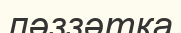
ләззәтқа